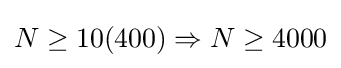
N\geq 10(400)\Rightarrow N\geq 4000